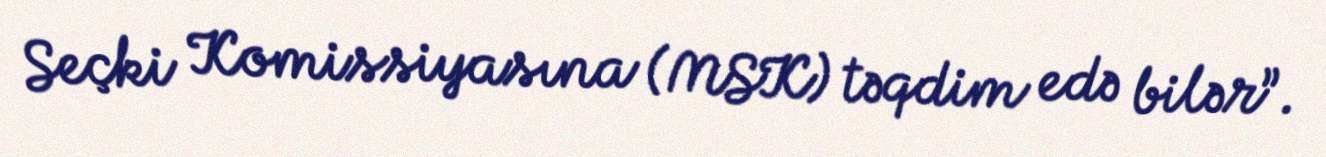
Seçki Komissiyasına (MSK) təqdim edə bilər”.